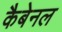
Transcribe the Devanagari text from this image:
कैबेनल